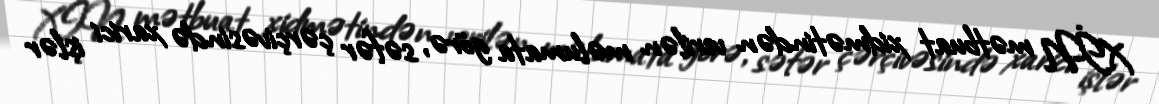
XİN mətbuat xidmətindən verilən məlumata görə, səfər çərçivəsində xarici işlər